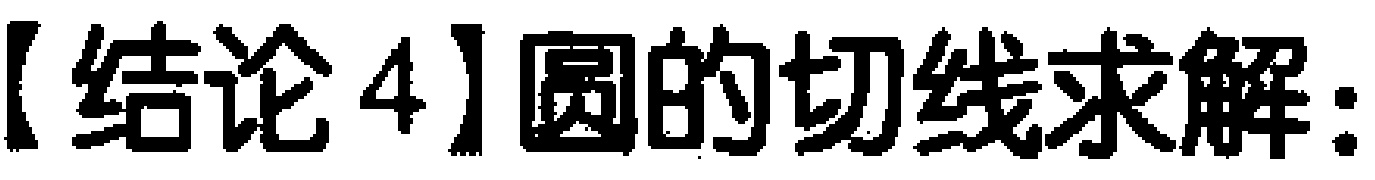
【结论4】圆的切线求解：